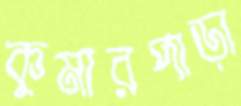
কুমারপাড়া